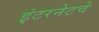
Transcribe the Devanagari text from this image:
इंटरनेटचे